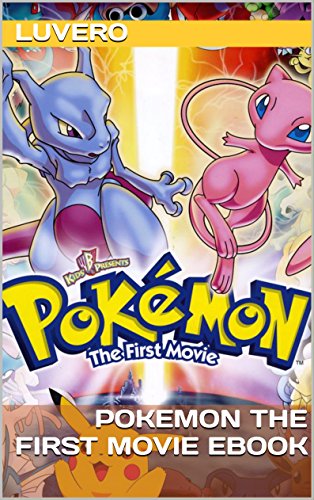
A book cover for Pokemon the First Movie Ebook; Luvero; Computers & Technology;